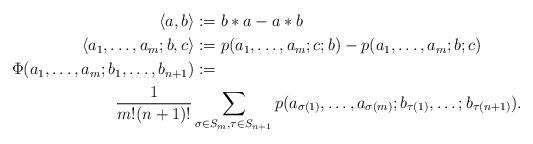
LaTeX: \begin{align*}\langle a,b \rangle &:= b*a- a*b\\\langle a_1,\dots, a_m; b,c \rangle &: = p(a_1,\dots,a_m;c;b) - p(a_1,\dots, a_m;b;c) \\\Phi(a_1,\dots,a_m; b_1,\dots, b_{n+1}) &:=\\&\hskip -2cm \frac{1}{m!(n+1)!} \sum_{\sigma \in S_{m}, \tau \in S_{n+1}} p(a_{\sigma(1)},\dots, a_{\sigma(m)}; b_{\tau(1)},\dots;b_{\tau(n+1)}).\end{align*}